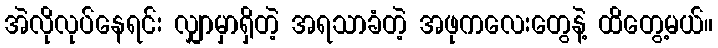
အဲလိုလုပ်နေရင်း လျှာမှာရှိတဲ့ အရသာခံတဲ့ အဖုကလေးတွေနဲ့ ထိတွေ့မယ်။